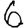
Digit: 6